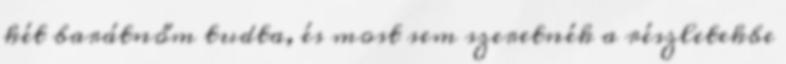
két barátnőm tudta, és most sem szeretnék a részletekbe